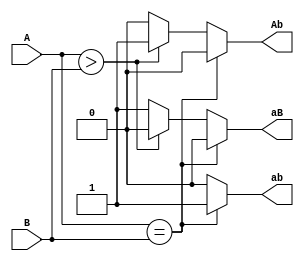
`timescale 1ns / 1ps
//////////////////////////////////////////////////////////////////////////////////
// Company: 
// Engineer: 
// 
// Design Name: 
// Module Name: nbitcomparator
// Project Name: 
// Target Devices: 
// Tool Versions: 
// Description: 
// 
// Dependencies: 
// 
// Revision:
// Revision 0.01 - File Created
// Additional Comments:
// 
//////////////////////////////////////////////////////////////////////////////////


//4-bit comparator
module nbitcomparator(
  
    input [3:0] A,
    input [3:0] B,
    output Ab,ab,aB
    );
    integer i;
    reg [2:0] out;
    
    assign Ab = out[2];
    assign ab = out[1];
    assign aB = out[0];
    
    always @* begin
        if(A==B)begin
            out[2]<=0;
            out[1]<=1;
            out[0]<=0;
        end
        
        else if(A>B)begin
            out[2]<=1;
            out[1]<=0;
            out[0]<=0;            
        end
        
        else begin
           out[2]<=0;
           out[1]<=0;
           out[0]<=1;       
        end
        
    end
endmodule